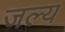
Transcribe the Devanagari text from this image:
जल्य